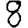
Digit: 8